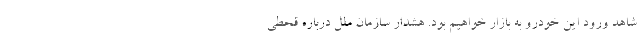
شاهد ورود این خودرو به بازار خواهیم بود. هشدار سازمان ملل درباره قحطی